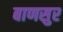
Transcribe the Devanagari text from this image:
बाणसुर